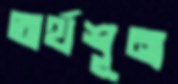
অর্থশূন্য